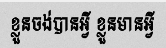
ខ្លួនចង់បានអ្វី ខ្លួនមានអ្វី